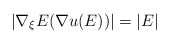
\begin{align*}|\nabla _\xi E(\nabla u(E))| = |E|\end{align*}